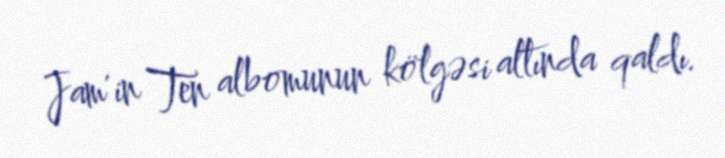
Jam'in Ten albomunun kölgəsi altında qaldı.